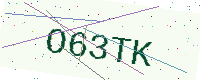
Text: O63TK